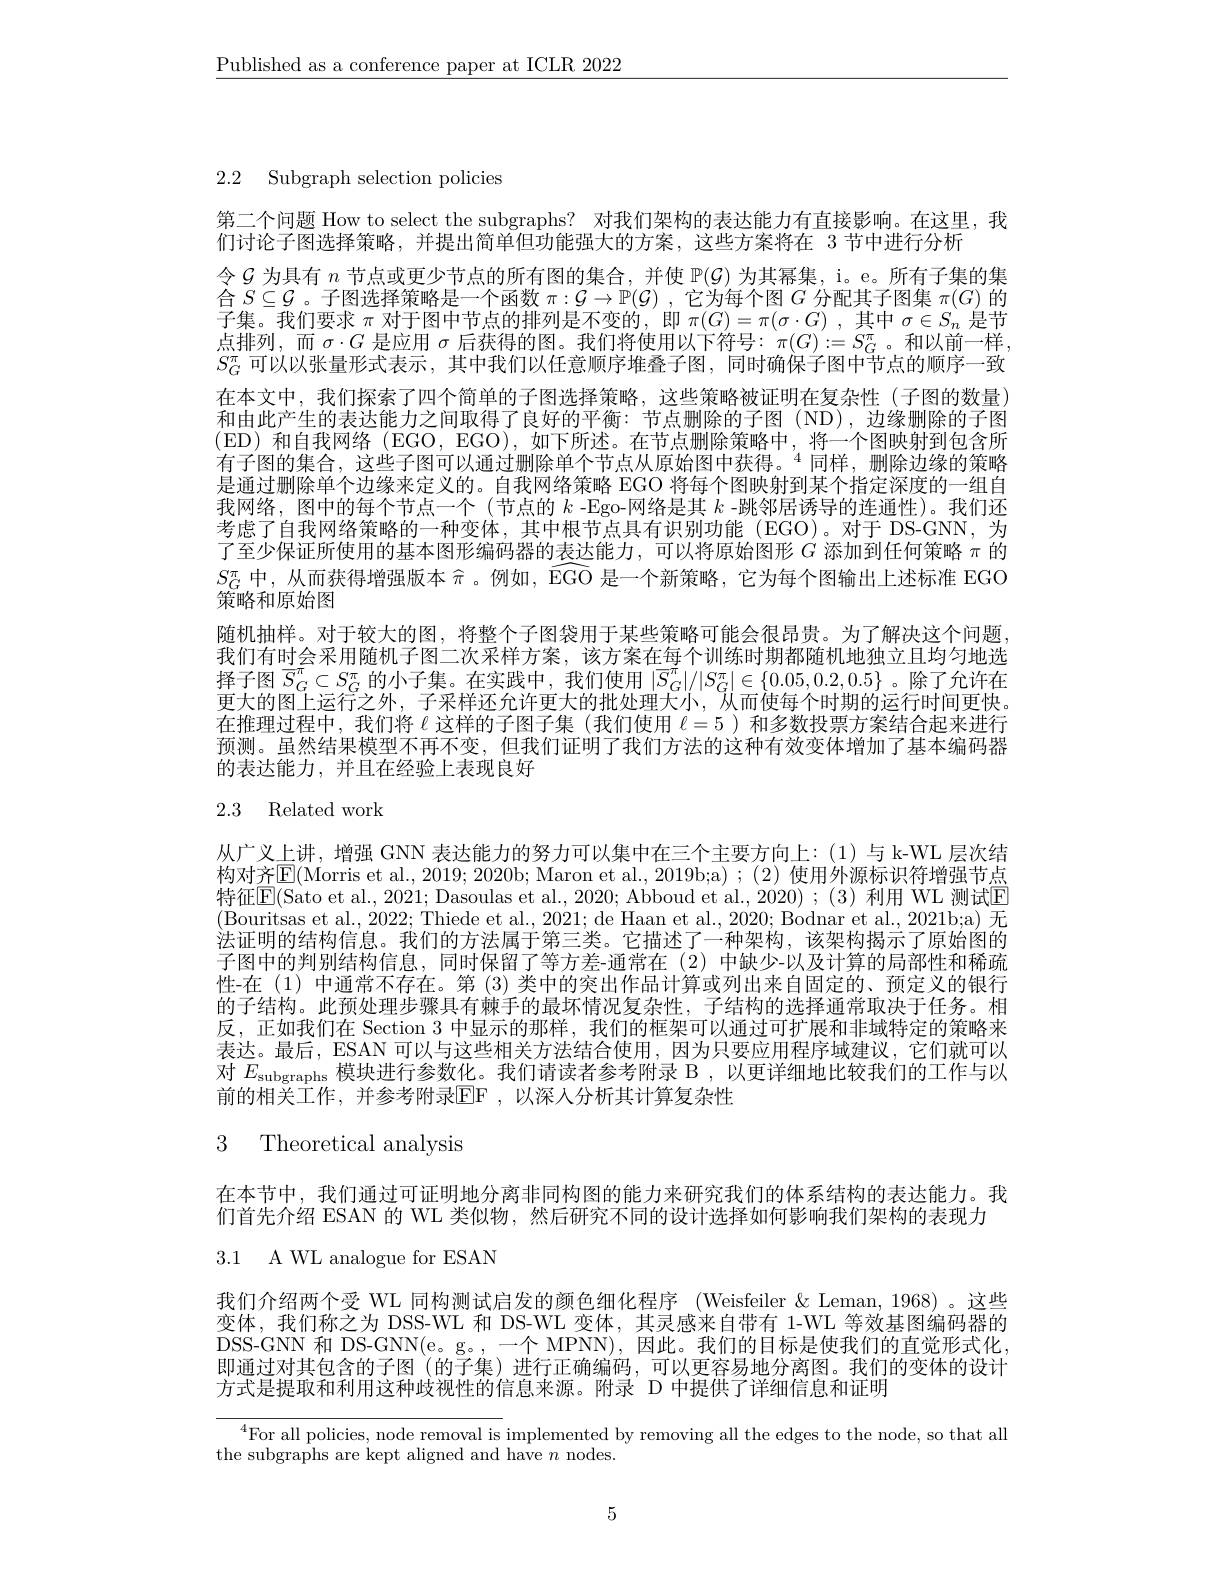
$\underline{\text{Published as a conference paper at ICLR 2022}}$

2.2 Subgraph selection policies

第二个问题 How to select the subgraphs? 对我们架构的表达能力有直接影响。在这里，我
们讨论子图选择策略，并提出简单但功能强大的方案，这些方案将在 3 节中进行分析
令$\mathscr{G}$为具有$n$节点或更少节点的所有图的集合，并使$\mathbb{P}(\mathcal{G})$为其幂集，i。e。所有子集的集合$S\subseteq\mathcal{G}$。子图选择策略是一个函数$\pi:\mathcal{G}\to\mathbb{P}(\mathcal{G})$ ,它为每个图$G$分配其子图集$\pi(G)$的子集。我们要求$\pi$对于图中节点的排列是不变的，即$\pi(G)=\pi(\sigma\cdot G)$ ,其中$\sigma\in S_n$是节点排列，而$\sigma\cdot G$是应用$\sigma$后获得的图。我们将使用以下符号：$\pi(G):=S_G^\pi$。和以前一样$S_G^\pi$可以以张量形式表示，其中我们以任意顺序堆叠子图，同时确保子图中节点的顺序一致在本文中，我们探索了四个简单的子图选择策略，这些策略被证明在复杂性(子图的数量) 和由此产生的表达能力之间取得了良好的平衡：节点删除的子图(ND),边缘删除的子图(ED)和自我网络(EGO,EGO),如下所述。在节点删除策略中，将一个图映射到包含所有子图的集合，这些子图可以通过删除单个节点从原始图中获得。$^{4}$同样，删除边缘的策略是通过删除单个边缘来定义的。自我网络策略 EGO 将每个图映射到某个指定深度的一组自我网络，图中的每个节点一个 (节点的$k$ -Ego-网络是其$k$ -跳邻居诱导的连通性)。我们还考虑了自我网络策略的一种变体，其中根节点具有识别功能(EGO)。对于 DS-GNN,为了至少保证所使用的基本图形编码器的表达能力，可以将原始图形$G$添加到任何策略$\pi$的$S_G^\pi$中，从而获得增强版本$\widehat{\pi}$。例如，EGO 是一个新策略，它为每个图输出上述标准 EGO 策略和原始图
随机抽样。对于较大的图，将整个子图袋用于某些策略可能会很昂贵。为了解决这个问题我们有时会采用随机子图二次采样方案，该方案在每个训练时期都随机地独立且均匀地选择子图$\overline{S}_G^\pi\subset S_G^\pi$ 的小子集。在实践中，我们使用 $|\overline{S}_G^\pi|/|S_G^\pi|\in\{0.05,0.2,0.5\}$ 。除了允许在更大的图上运行之外，子采样还允许更大的批处理大小，队而使每个时期的运行时间更快。在推理过程中，我们将$\ell$这样的子图子集 (我们使用$\ell=5$ )和多数投票方案结合起来进行预测。虽然结果模型不再不变，但我们证明了我们方法的这种有效变体增加了基本编码器的表达能力，并且在经验上表现良好

# 2.3 Related work

从广义上讲，增强 GNN 表达能力的努力可以集中在三个主要方向上：(1)与 k-WL 层次结构对齐$\mathbb{E}($Morris et al., 2019; 2020b; Maron et al., 2019b;a) ; (2) 使用外源标识符增强节点特征$\overline{\mathrm{E}}($Sato et al., 2021; Dasoulas et al., 2020; Abboud et al., 2020); (3) 利用 WL 测试$\overline{\mathrm{E}}$ (Bouritsas et al., 2022; Thiede et al., 2021; de Haan et al., 2020; Bodnar et al., 2021b;a) 无法证明的结构信息。我们的方法属于第三类。它描述了一种架构，该架构揭示了原始图的子图中的判别结构信息，同时保留了等方差-通常在(2)中缺少-以及计算的局部性和稀疏性-在 (1) 中通常不存在。第 (3) 类中的突出作品计算或列出来自固定的、预定义的银行的子结构。此预处理步骤具有棘手的最坏情况复杂性，子结构的选择通常取决于任务。相反，正如我们在 Section 3 中显示的那样，我们的框架可以通过可扩展和非域特定的策略来表达。最后，ESAN 可以与这些相关方法结合使用，因为只要应用程序域建议，它们就可以对$E_\mathrm{subgraphs}$模块进行参数化。我们请读者参考附录 B ,以更详细地比较我们的工作与以前的相关工作，并参考附录$\mathbb{E}$F ,以深人分析其计算复杂性

# 3 Theoretical analysis

在本节中，我们通过可证明地分离非同构图的能力来研究我们的体系结构的表达能力。我
们首先介绍 ESAN 的 WL 类似物，然后研究不同的设计选择如何影响我们架构的表现力
3.1 A WL analogue for ESAN

我们介绍两个受 WL 同构测试启发的颜色细化程序 (Weisfeiler &Leman,1968) 。这些变体，我们称之为 DSS-WL 和 DS-WL 变体，其灵感来自带有 1-WL 等效基图编码器的DSS- GNN 和 DS-GNN(e。g。,一个 MPNN), 因此。我们的目标是使我们的直觉形式化， 即通过对其包含的子图(的子集)进行正确编码，可以更容易地分离图。我们的变体的设计方式是提取和利用这种歧视性的信息来源。附录 D 中提供了详细信息和证明

$^{4}$For all policies, node removal is implemented by removing all the edges to the node, so that all
the subgraphs are kept aligned and have $n$ nodes.

5